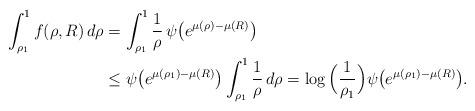
LaTeX: \begin{align*}\int_{\rho_1}^1 f(\rho,R) \, d\rho & = \int_{\rho_1}^1 \frac{1}{\rho} \, \psi \big( e^{\mu(\rho) - \mu(R)} \big) \\ & \leq \psi \big( e^{\mu(\rho_1) - \mu(R)} \big) \int_{\rho_1}^1 \frac{1}{\rho} \, d\rho = \log \Big( \frac{1}{\rho_1} \Big) \psi \big( e^{\mu(\rho_1) - \mu(R)} \big).\end{align*}